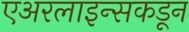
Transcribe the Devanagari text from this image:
एअरलाइन्सकडून